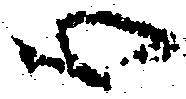
心